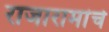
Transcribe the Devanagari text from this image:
राजारामांचे